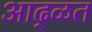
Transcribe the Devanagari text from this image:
आढ्ळत